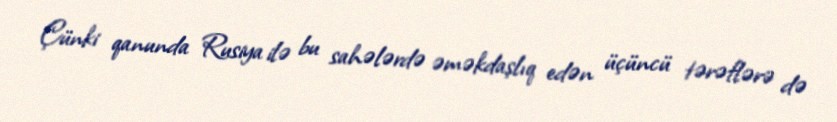
Çünki qanunda Rusiya ilə bu sahələrdə əməkdaşlıq edən üçüncü tərəflərə də